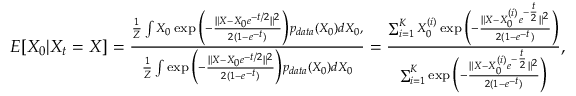
\begin{array} { r } { E [ X _ { 0 } | X _ { t } = X ] = \frac { \frac { 1 } { Z } \int X _ { 0 } \exp \Big ( - \frac { \| X - X _ { 0 } e ^ { - t / 2 } \| ^ { 2 } } { 2 ( 1 - e ^ { - t } ) } \Big ) p _ { d a t a } ( X _ { 0 } ) d X _ { 0 } , } { \frac { 1 } { Z } \int \exp \Big ( - \frac { \| X - X _ { 0 } e ^ { - t / 2 } \| ^ { 2 } } { 2 ( 1 - e ^ { - t } ) } \Big ) p _ { d a t a } ( X _ { 0 } ) d X _ { 0 } } = \frac { \sum _ { i = 1 } ^ { K } X _ { 0 } ^ { ( i ) } \exp { \Big ( - \frac { \| X - X _ { 0 } ^ { ( i ) } e ^ { - \frac { t } { 2 } } \| ^ { 2 } } { 2 ( 1 - e ^ { - t } ) } \Big ) } } { \sum _ { i = 1 } ^ { K } \exp { \Big ( - \frac { \| X - X _ { 0 } ^ { ( i ) } e ^ { - \frac { t } { 2 } } \| ^ { 2 } } { 2 ( 1 - e ^ { - t } ) } \Big ) } } , } \end{array}